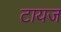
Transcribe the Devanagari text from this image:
टायज